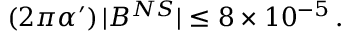
( 2 \pi \alpha ^ { \prime } ) \, | { \cal B } ^ { N S } | \le 8 \times 1 0 ^ { - 5 } \, .